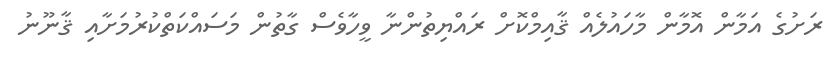
ރަށުގެ އަމާން އޮމާން މާހައުލެއް ޤާއިމްކޮށް ރައްޔިތުންނާ ވީހާވެސް ގާތުން މަސައްކަތްކުރުމަށާއި ޤާނޫނު